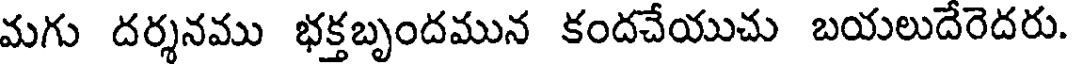
మగు దర్శనము భక్తబృందమున కందచేయుచు బయలుదేరెదరు.